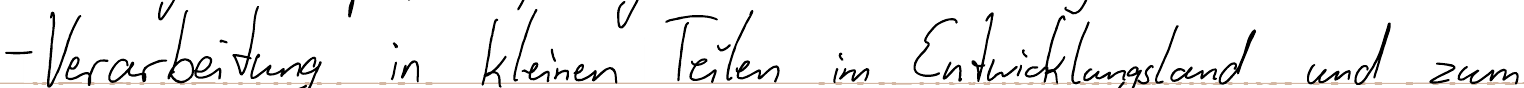
- Verarbeitung in kleinen Teilen im Entwicklungsland und zum